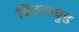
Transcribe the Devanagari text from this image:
विंटरल्युड